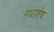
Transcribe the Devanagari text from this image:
गंधाशेष